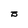
Character: B